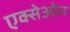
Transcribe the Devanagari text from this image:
एक्सेओन